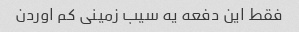
فقط این دفعه یه سیب زمینی کم اوردن